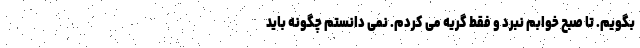
بگویم. تا صبح خوابم نبرد و فقط گریه می کردم. نمی دانستم چگونه باید